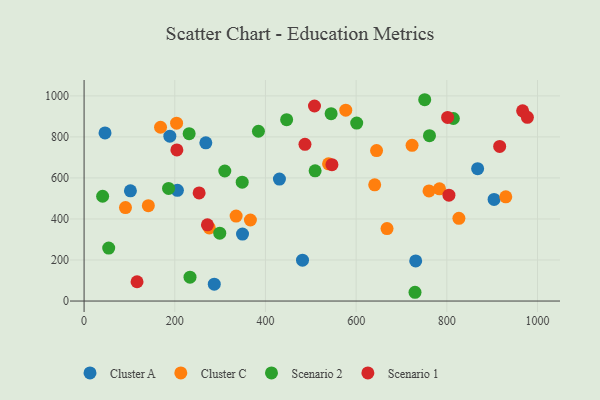
{"axis": {"x": "Price", "y": "Profit"}, "legend": ["Cluster A", "Cluster C", "Scenario 1", "Scenario 2"], "data": [{"x": "268.5", "y": 771.2, "type": "Cluster A"}, {"x": "205.8", "y": 539.5, "type": "Cluster A"}, {"x": "867.9", "y": 645.3, "type": "Cluster A"}, {"x": "430.8", "y": 594.3, "type": "Cluster A"}, {"x": "731.3", "y": 195.3, "type": "Cluster A"}, {"x": "189.1", "y": 803.3, "type": "Cluster A"}, {"x": "46.2", "y": 819.5, "type": "Cluster A"}, {"x": "287.1", "y": 82.3, "type": "Cluster A"}, {"x": "349.4", "y": 326.4, "type": "Cluster A"}, {"x": "481.7", "y": 199.4, "type": "Cluster A"}, {"x": "904.2", "y": 495.3, "type": "Cluster A"}, {"x": "102.2", "y": 537.3, "type": "Cluster A"}, {"x": "723.3", "y": 758.8, "type": "Cluster C"}, {"x": "366.8", "y": 395.0, "type": "Cluster C"}, {"x": "930.0", "y": 507.8, "type": "Cluster C"}, {"x": "668.1", "y": 353.1, "type": "Cluster C"}, {"x": "760.7", "y": 536.9, "type": "Cluster C"}, {"x": "276.2", "y": 356.3, "type": "Cluster C"}, {"x": "141.7", "y": 465.0, "type": "Cluster C"}, {"x": "783.8", "y": 546.9, "type": "Cluster C"}, {"x": "826.6", "y": 403.2, "type": "Cluster C"}, {"x": "640.9", "y": 566.6, "type": "Cluster C"}, {"x": "204.0", "y": 866.9, "type": "Cluster C"}, {"x": "539.1", "y": 668.8, "type": "Cluster C"}, {"x": "645.0", "y": 733.4, "type": "Cluster C"}, {"x": "335.3", "y": 413.9, "type": "Cluster C"}, {"x": "577.1", "y": 930.3, "type": "Cluster C"}, {"x": "91.3", "y": 455.6, "type": "Cluster C"}, {"x": "168.6", "y": 847.1, "type": "Cluster C"}, {"x": "54.3", "y": 258.2, "type": "Scenario 2"}, {"x": "544.8", "y": 913.1, "type": "Scenario 2"}, {"x": "233.6", "y": 116.3, "type": "Scenario 2"}, {"x": "509.5", "y": 634.7, "type": "Scenario 2"}, {"x": "751.2", "y": 981.2, "type": "Scenario 2"}, {"x": "384.5", "y": 827.6, "type": "Scenario 2"}, {"x": "299.2", "y": 330.9, "type": "Scenario 2"}, {"x": "729.8", "y": 42.7, "type": "Scenario 2"}, {"x": "814.4", "y": 889.6, "type": "Scenario 2"}, {"x": "446.7", "y": 883.8, "type": "Scenario 2"}, {"x": "348.7", "y": 579.2, "type": "Scenario 2"}, {"x": "40.9", "y": 510.8, "type": "Scenario 2"}, {"x": "186.3", "y": 548.7, "type": "Scenario 2"}, {"x": "601.2", "y": 867.4, "type": "Scenario 2"}, {"x": "761.7", "y": 806.1, "type": "Scenario 2"}, {"x": "310.3", "y": 633.8, "type": "Scenario 2"}, {"x": "231.7", "y": 815.6, "type": "Scenario 2"}, {"x": "116.8", "y": 93.9, "type": "Scenario 1"}, {"x": "967.1", "y": 927.2, "type": "Scenario 1"}, {"x": "204.6", "y": 736.5, "type": "Scenario 1"}, {"x": "253.7", "y": 527.0, "type": "Scenario 1"}, {"x": "546.6", "y": 664.4, "type": "Scenario 1"}, {"x": "272.0", "y": 371.5, "type": "Scenario 1"}, {"x": "977.6", "y": 895.5, "type": "Scenario 1"}, {"x": "916.5", "y": 753.5, "type": "Scenario 1"}, {"x": "487.1", "y": 763.9, "type": "Scenario 1"}, {"x": "508.1", "y": 950.6, "type": "Scenario 1"}, {"x": "801.7", "y": 894.9, "type": "Scenario 1"}, {"x": "804.6", "y": 516.1, "type": "Scenario 1"}]}